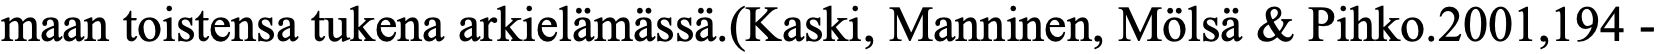
maan toistensa tukena arkielämässä.(Kaski, Manninen, Mölsä & Pihko.2001,194 -